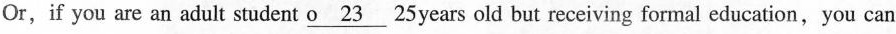
Or,if you are an adult student \underline{o 23} 25 years old but receiving formal education,you can